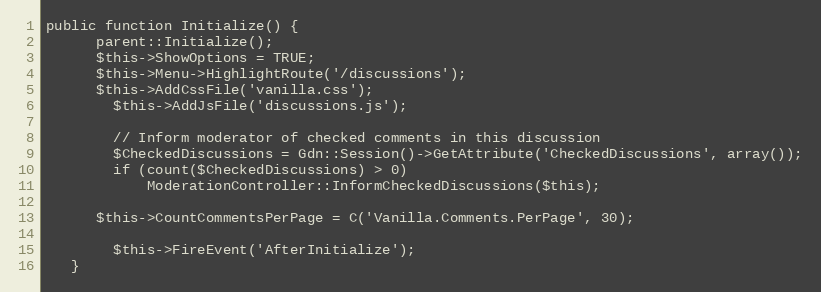
Language: PHP
public function Initialize() {
      parent::Initialize();
      $this->ShowOptions = TRUE;
      $this->Menu->HighlightRoute('/discussions');
      $this->AddCssFile('vanilla.css');
		$this->AddJsFile('discussions.js');

		// Inform moderator of checked comments in this discussion
		$CheckedDiscussions = Gdn::Session()->GetAttribute('CheckedDiscussions', array());
		if (count($CheckedDiscussions) > 0)
			ModerationController::InformCheckedDiscussions($this);

      $this->CountCommentsPerPage = C('Vanilla.Comments.PerPage', 30);

		$this->FireEvent('AfterInitialize');
   }